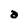
Character: a